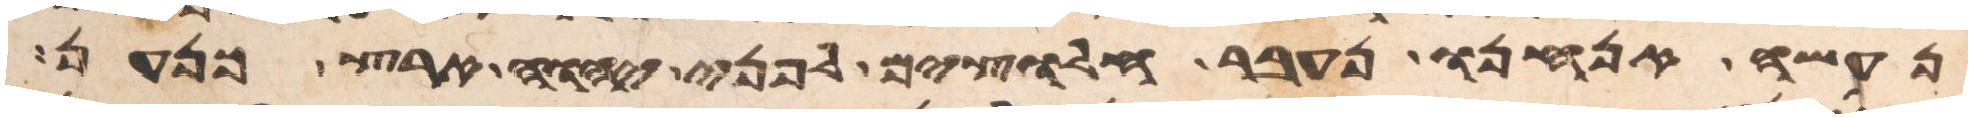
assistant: נעשה אנחנו נעבר חלוצים לפני יהוה ארץ כנען